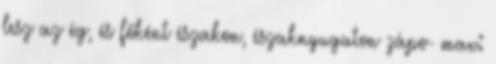
lesz az ég, és főként északon, északnyugaton zápo- max: